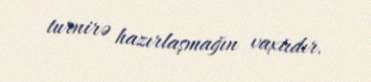
turnirə hazırlaşmağın vaxtıdır.